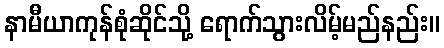
နာမီယာကုန်စုံဆိုင်သို့ ရောက်သွားလိမ့်မည်နည်း။